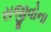
સજીવોના